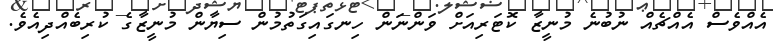
އެއްވެސް އެއްޗެއް ނުބުނެ މުނީޒާ ކޮޓަރިއަށް ވަންނަން ހިނގައިގަތުމުން ސިޔާން މުނީޒާގެ ކުރިބެއްދިއެވެ.